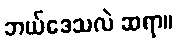
ဘယ်ဒေသလဲ ဆရာ။